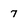
Character: 7